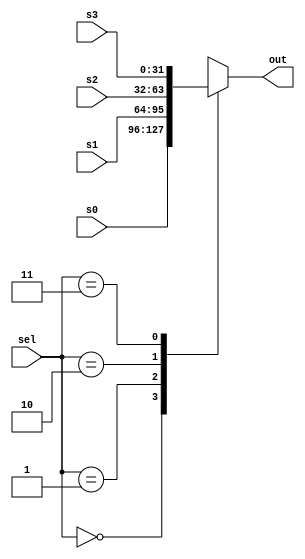
module Mux4to1 #(
    parameter size = 32
) 
(
    input [1:0] sel,
    input signed [size-1:0] s0,
    input signed [size-1:0] s1,
	input signed [size-1:0] s2,
	input signed [size-1:0] s3,
    output reg signed [size-1:0] out
);
    // TODO: implement your 2to1 multiplexer here

    always @(*)
		case (sel)
			2'b00: out = s0;
			2'b01: out = s1;
			2'b10: out = s2;
			2'b11: out = s3;
			default: out = { size{1'bx} };
		endcase

endmodule